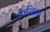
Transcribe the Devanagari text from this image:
करियरचा